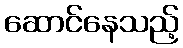
ဆောင်နေသည့်